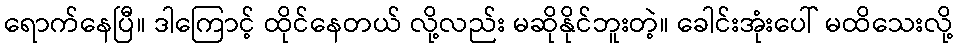
ရောက်နေပြီ။ ဒါကြောင့် ထိုင်နေတယ် လို့လည်း မဆိုနိုင်ဘူးတဲ့။ ခေါင်းအုံးပေါ် မထိသေးလို့